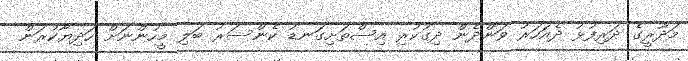
މަދޫރީގެ ދަރިފުޅު ދެއަހަރު ވަންދެން ދިގުކުރި އިސްތަށިގަނޑު ކެންސަރު ބަލި މީހުންނަށް ހަދިޔާކުރަން